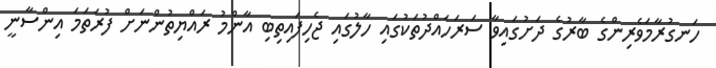
ހަނގުރާމަވެރިންގެ ބާރުގެ ދަށުގައިވާ ސަރަހައްދުތަކުގައި ހާލުގައި ޖެހިފައިތިބި އާންމު ރައްޔިތުންނަށް ފުރަތަމަ އިންސާނީ